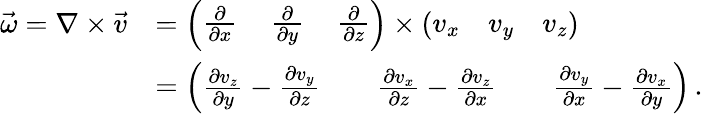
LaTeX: {\begin{array}{rl}{{\vec{\omega}}=\nabla\times{\vec{v}}}&{={\left(\begin{array}{lll}{{\frac{\partial}{\partial x}}}&{\, {\frac{\partial}{\partial y}}}&{\, {\frac{\partial}{\partial z}}}\end{array}\right)}\times{\left(\begin{array}{lll}{v_{x}}&{v_{y}}&{v_{z}}\end{array}\right)}}\\ &{={\left(\begin{array}{lll}{{\frac{\partial v_{z}}{\partial y}}-{\frac{\partial v_{y}}{\partial z}}}&{\quad{\frac{\partial v_{x}}{\partial z}}-{\frac{\partial v_{z}}{\partial x}}}&{\quad{\frac{\partial v_{y}}{\partial x}}-{\frac{\partial v_{x}}{\partial y}}}\end{array}\right)}\, .}\end{array}}